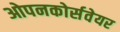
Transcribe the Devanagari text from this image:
ओपनकोर्सवेयर